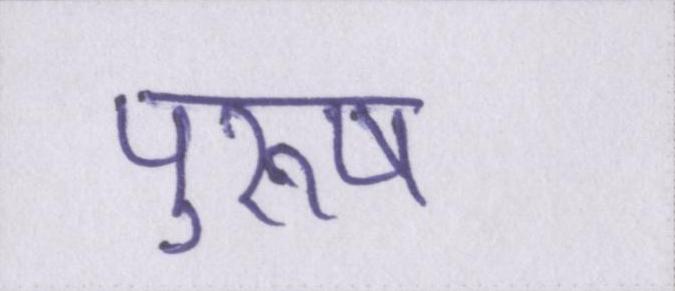
पुरूष